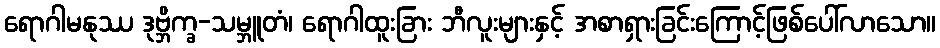
ရောဂါမနုဿ ဒုဗ္ဘိက္ခ-သမ္ဘူတံ၊ ရောဂါထူးခြား ဘီလူးများနှင့် အစာရှားခြင်းကြောင့်ဖြစ်ပေါ်လာသော။